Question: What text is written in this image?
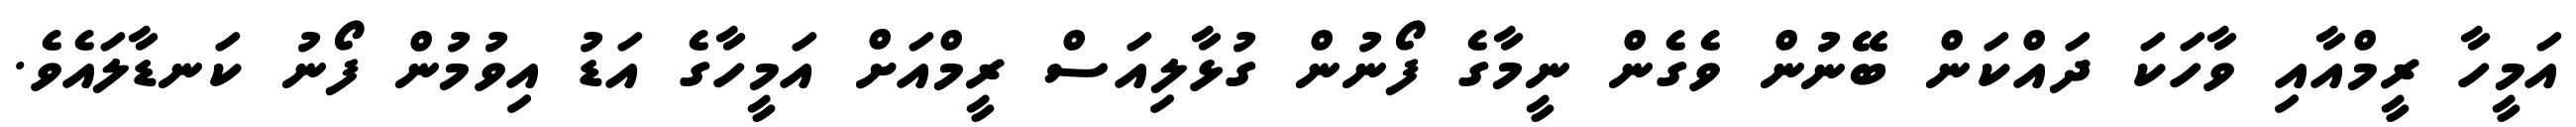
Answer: އަމީހާ ރީމްއާއި ވާހަކަ ދައްކަން ބޭނުން ވެގެން ނީމާގެ ފޯނުން ގުޅާލިއަސް ރީމްއަށް އަމީހާގެ އަޑު އިވުމުން ފޯނު ކަނޑާލައެވެ.